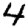
Digit: 4